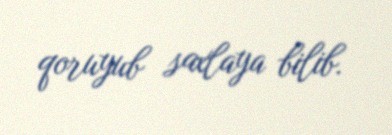
qoruyub saxlaya bilib.